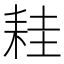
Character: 𦓯